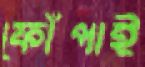
ফোঁপাই